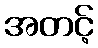
အတင့်